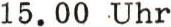
15.00 Uhr